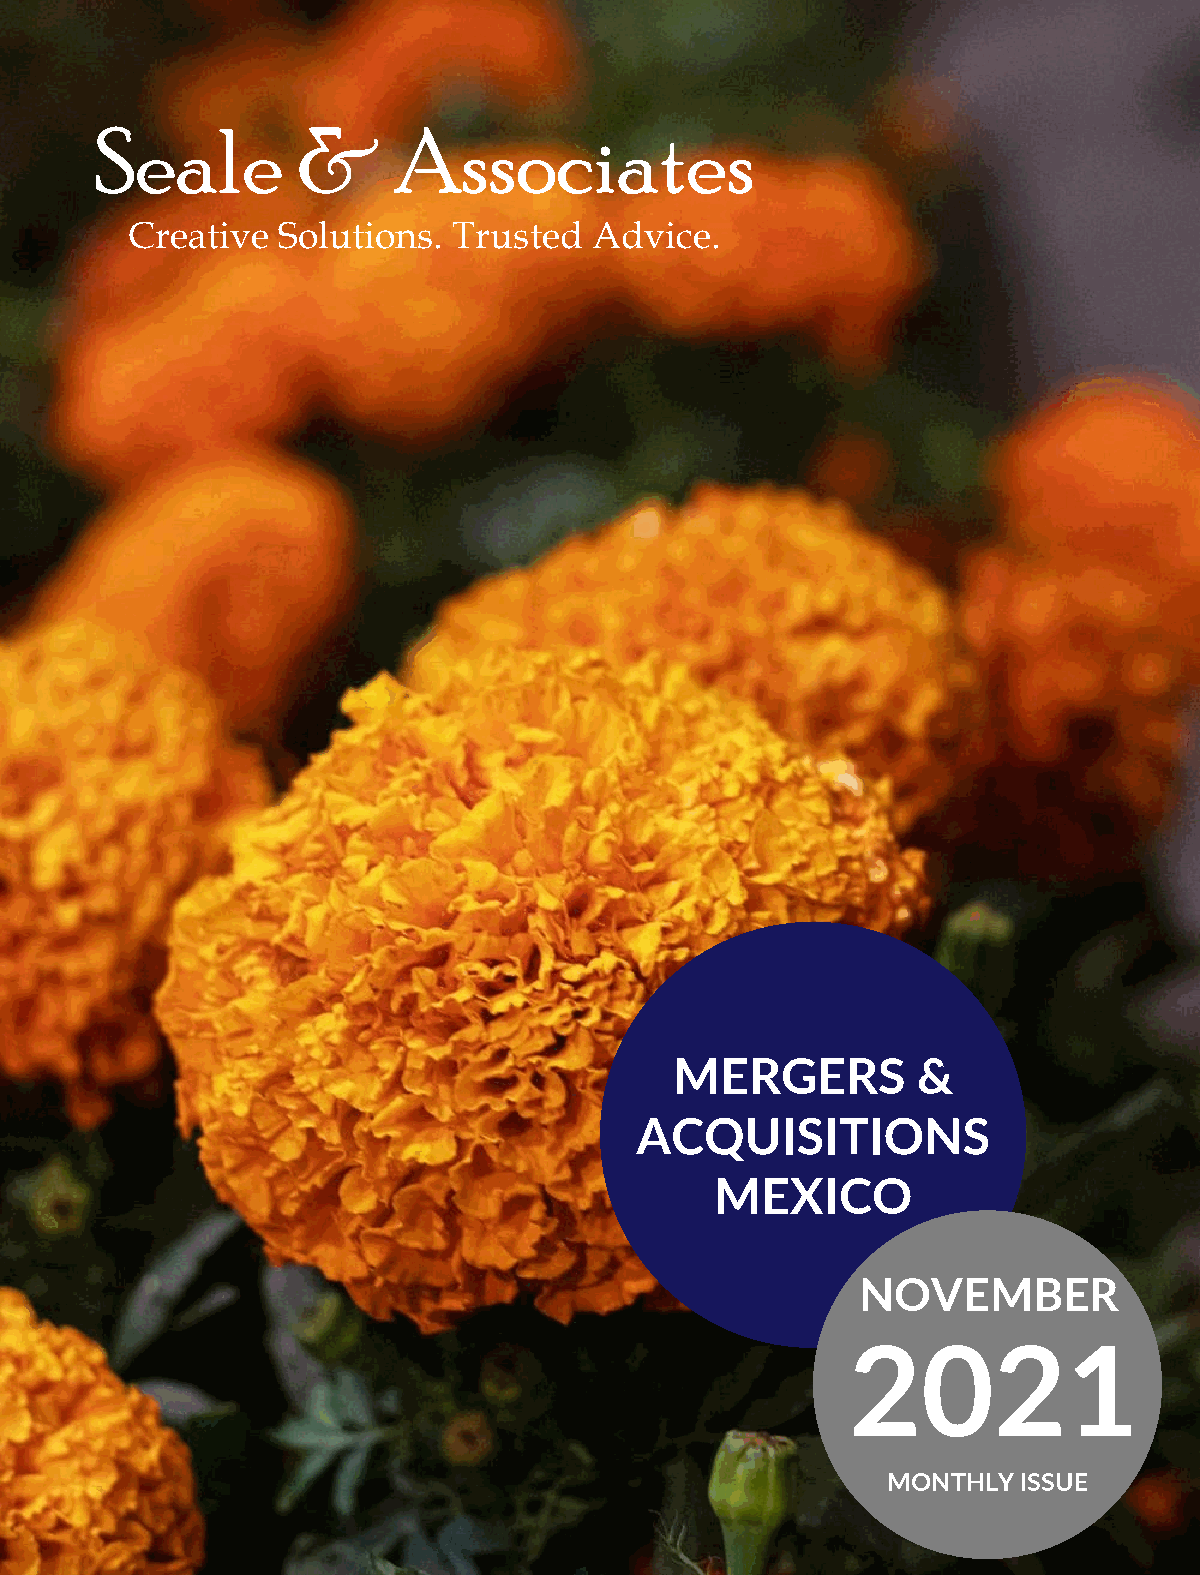
Seale         &     Associates
 Creative Solutions.  Trusted  Advice.
 MERGERS         &
 ACQUISITIONS
 MEXICO
 NOVEMBER
 2021
 MONTHLY  ISSUE